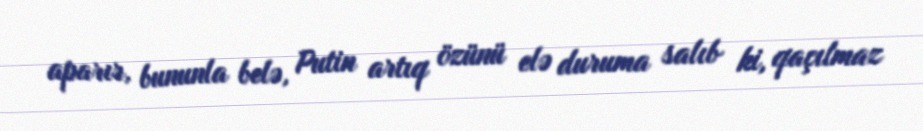
aparır, bununla belə, Putin artıq özünü elə duruma salıb ki, qaçılmaz